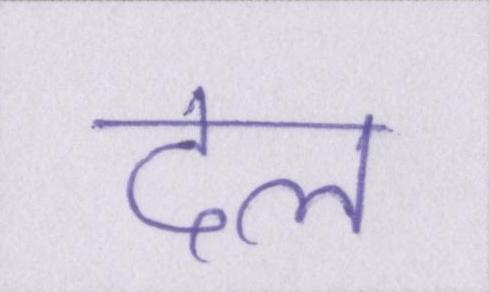
दल